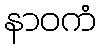
နာဝကံ